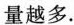
量越多。